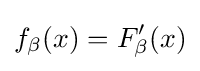
f_{\beta }(x)=F_{\beta }'(x)